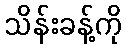
သိန်းခန့်ကို